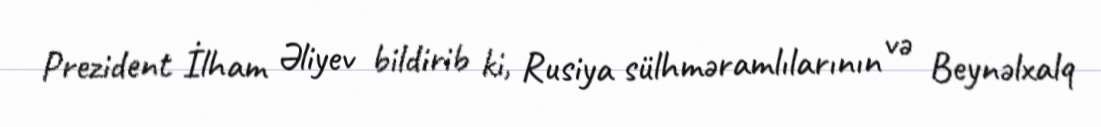
Prezident İlham Əliyev bildirib ki, Rusiya sülhməramlılarının və Beynəlxalq